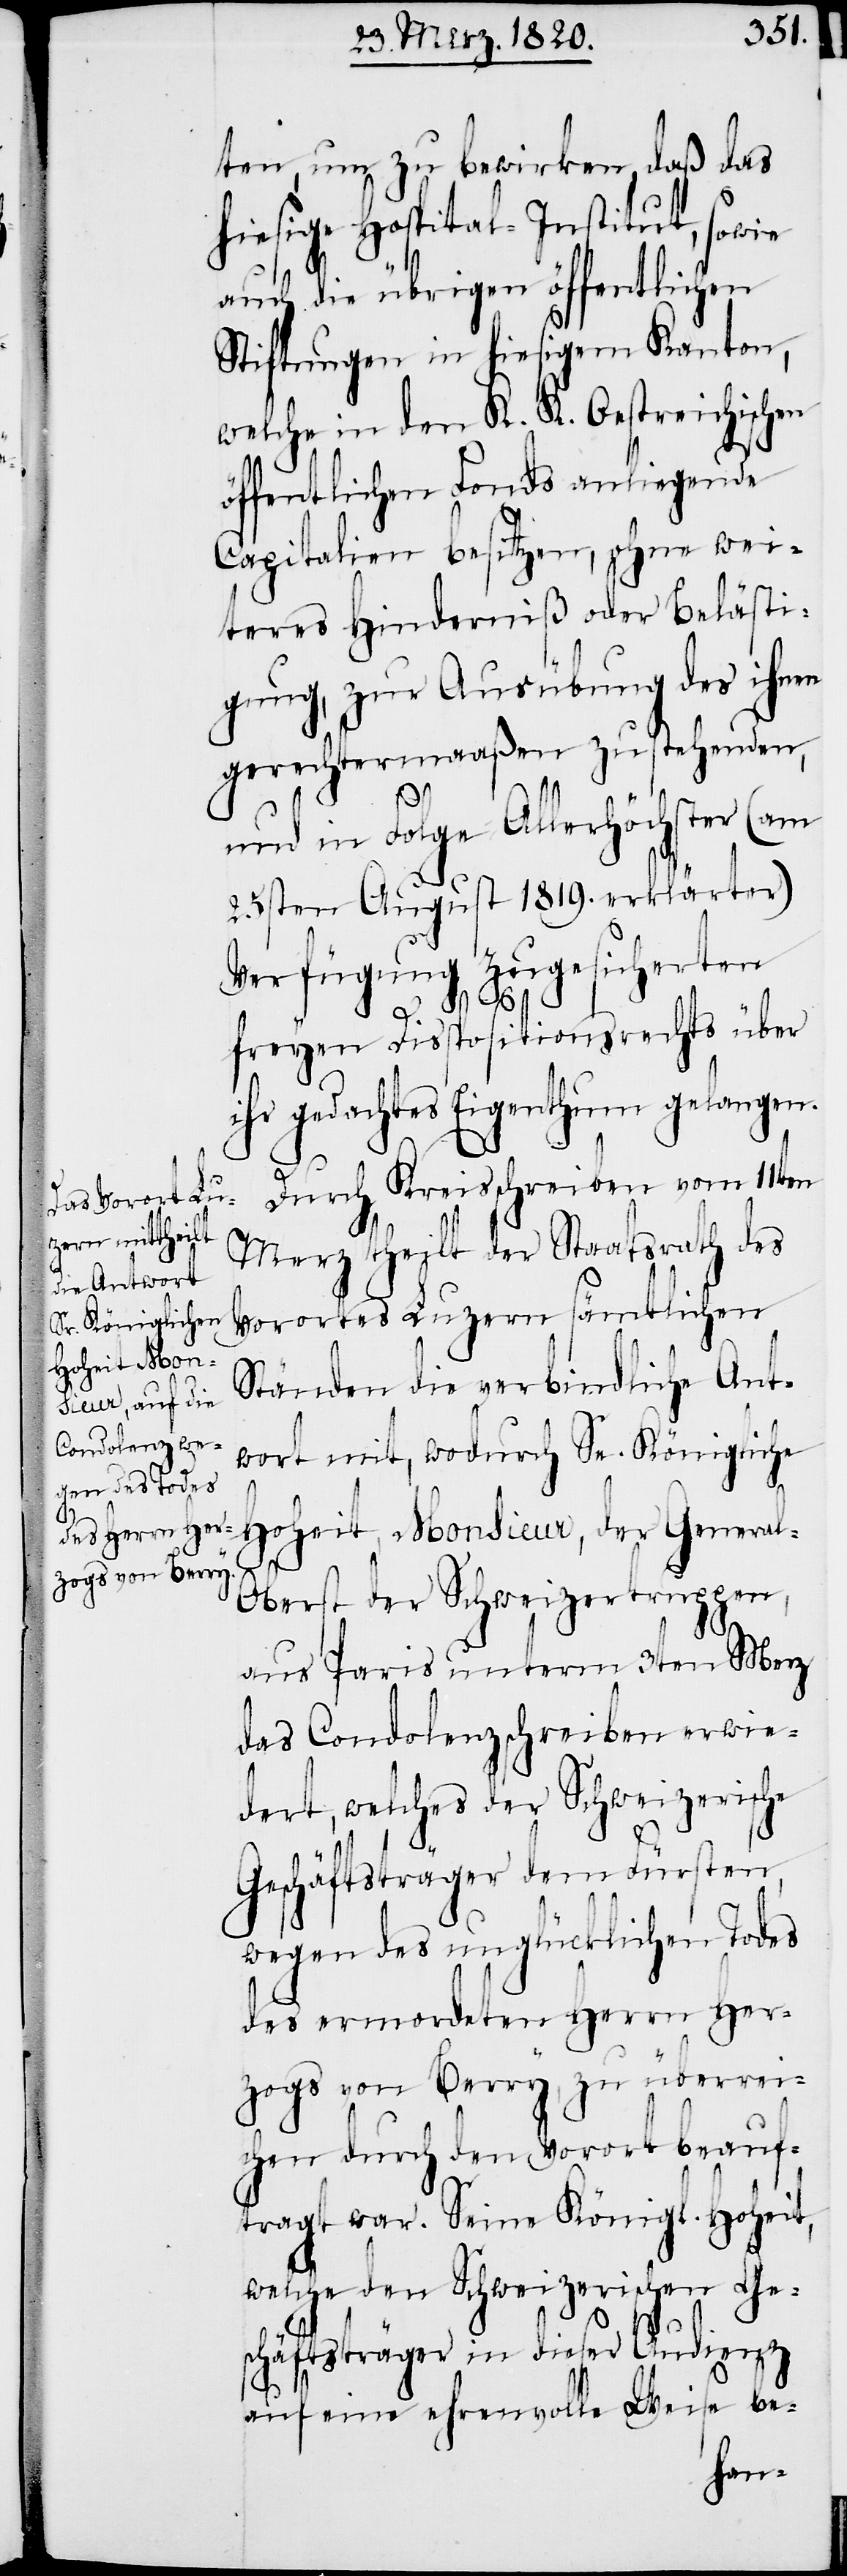
ten, um zu bewirken, daß das
hiesige Hospital-Institut, sowie
auch die übrigen öffentlichen
Stiftungen in hiesigem Kanton,
welche in den K. K. Oestreichischen
öffentlichen Fonds anliegende
Capitalien besitzen, ohne wei¬
teres Hinderniß oder Belästi¬
gung, zur Ausübung des ihnen
gerechtermaaßen zustehenden,
und in Folge Allerhöchster (am
25sten August 1819. erklärter)
Verfügung zugesicherten
freyen Dispositionsrechts über
ihr gedachtes Eigenthum gelangen.
Durch Kreisschreiben vom 11ten
Merz theilt der Staatsrath des
Vorortes Luzern sämtlichen
Ständen die verbindliche Ant¬
wort mit, wodurch Se. Königliche
Hoheit, Monsieur, der Genera¬
l-Oberst der Schweizertruppen,
aus Paris unterm 3ten Merz
das Condolenzschreiben erwie¬
dert, welches der Schweizerische
Geschäftsträger dem Fürsten,
wegen des unglücklichen Todes
des ermordeten Herrn Her¬
zogs von Berry, zu überrei¬
chen durch den Vorort beauf¬
tragt war. Seine Königl. Hoheit,
welche den Schweizerischen Ges¬
chäftsträger in dieser Audienz
auf eine ehrenvolle Weise be-